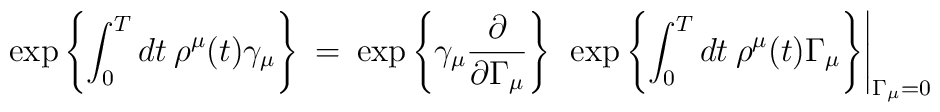
\exp \left \{\int_0^T dt \> \rho^{\mu}(t)\gamma_{\mu} \right \} \> = \> \exp \left \{ \gamma_{\mu}\frac{\partial}{\partial \Gamma_{\mu}}\right \}\> \> \exp \left \{\int_0^Tdt \> \rho^{\mu}(t)\Gamma_{\mu} \right \}\Biggr|_{\Gamma_{\mu} = 0}